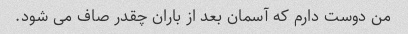
من دوست دارم که آسمان بعد از باران چقدر صاف می شود.